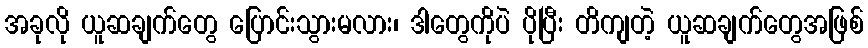
အခုလို ယူဆချက်တွေ ပြောင်းသွားမလား၊ ဒါတွေကိုပဲ ပိုပြီး တိကျတဲ့ ယူဆချက်တွေအဖြစ်